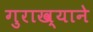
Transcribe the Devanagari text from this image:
गुराख्याने